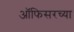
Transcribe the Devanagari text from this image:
ऑफिसरच्या